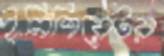
ইনিশিয়েটর